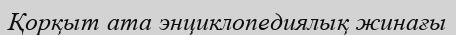
Қорқыт ата энциклопедиялық жинағы